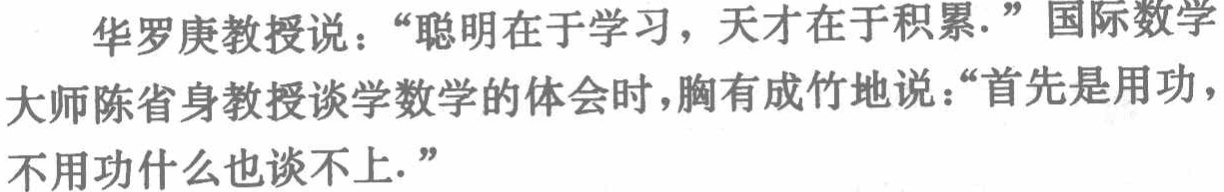
华罗庚教授说：“聪明在于学习，天才在于积累.” 国际数学大师陈省身教授谈学数学的体会时，胸有成竹地说：“首先是用功，不用功什么也谈不上.”